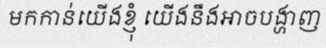
មកកាន់យើងខ្ញុំ យើងនឹងអាចបង្ហាញ